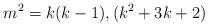
LaTeX: \begin{align*}m^2 = k(k-1), (k^2 + 3k + 2)\end{align*}